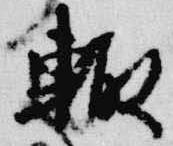
輙